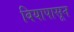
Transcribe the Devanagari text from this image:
बियापासून